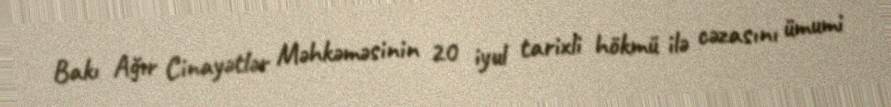
Bakı Ağır Cinayətlər Məhkəməsinin 20 iyul tarixli hökmü ilə cəzasını ümumi